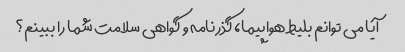
آیا می توانم بلیط هواپیما، گذرنامه و گواهی سلامت شما را ببینم؟